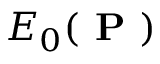
E _ { 0 } ( \textbf { P } )